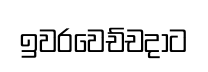
ඉවරවෙච්චදාට